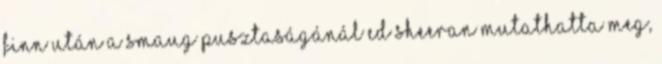
Finn után a Smaug pusztaságánál Ed Sheeran mutathatta meg,